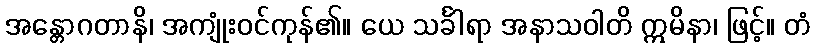
အန္တောဂတာနိ၊ အကျုံးဝင်ကုန်၏။ ယေ သင်္ခါရာ အနာသဝါတိ ဣမိနာ၊ ဖြင့်။ တံ